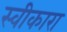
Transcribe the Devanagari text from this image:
स्‍वीकारा